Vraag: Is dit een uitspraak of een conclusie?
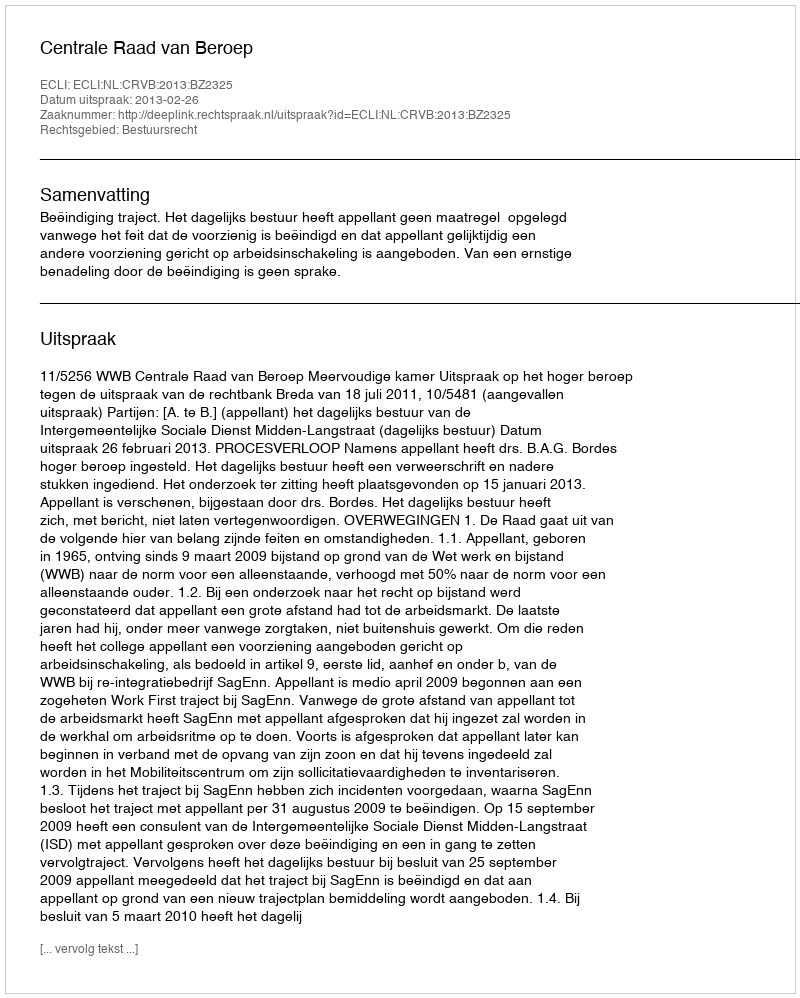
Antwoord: Uitspraak